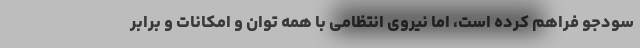
سودجو فراهم کرده است، اما نیروی انتظامی با همه توان و امکانات و برابر